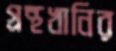
গ্রন্থখানির